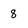
Character: 8